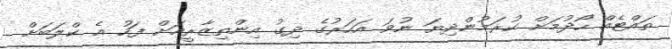
ތައްޓެއް ހޯދުމަށް ކުރަމުންދިޔަ ނުވަ އަހަރުގެ ދިގު އިންތިޒާރީއަށް ފަހު އެ ކްލަބަށް